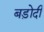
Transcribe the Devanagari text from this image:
बड़ोदी